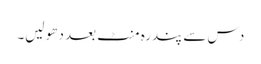
دس سے پندرہ منٹ بعد دھو لیں۔